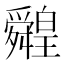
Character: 䑟